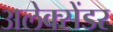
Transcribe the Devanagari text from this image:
अलेक्‍सेंडर